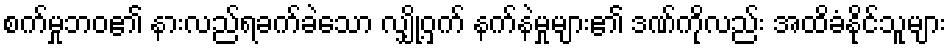
စက်မှုဘဝ၏ နားလည်ရခက်ခဲသော လျှို့ဝှက် နက်နဲမှုများ၏ ဒဏ်ကိုလည်း အထိခံနိုင်သူများ